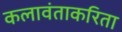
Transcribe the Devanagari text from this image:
कलावंताकरिता